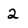
Character: 2